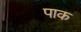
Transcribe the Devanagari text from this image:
पाक